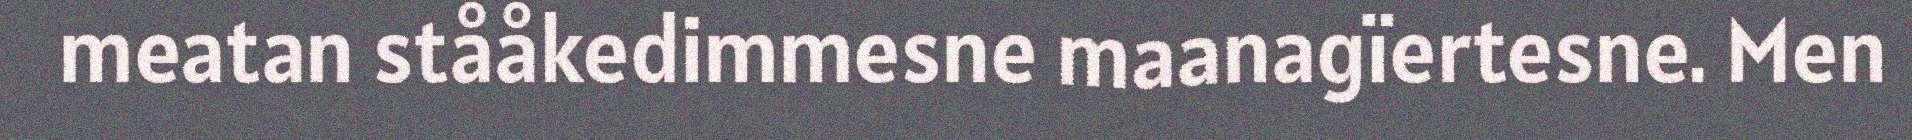
meatan stååkedimmesne maanagïertesne. Men